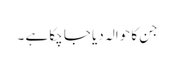
جن کا حوالہ دیا جا چکا ہے ۔